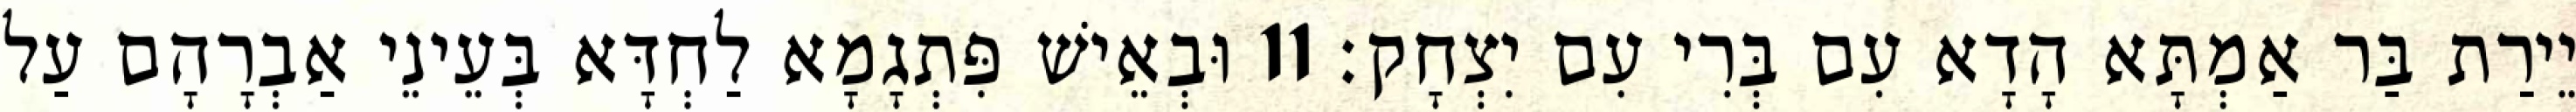
יֵירַת בַּר אַמְתָּא הָדָא עִם בְּרִי עִם יִצְחָק׃ 11 וּבְאֵישׁ פִּתְגָמָא לַחְדָּא בְּעֵינֵי אַבְרָהָם עַל